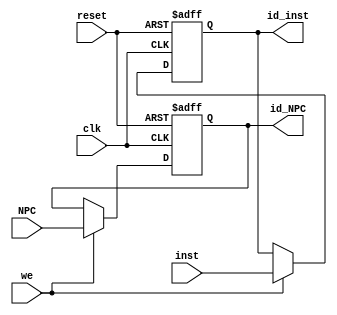
//IF ID 
module Pipe_iireg
(
    clk,
    reset,
    we,
    inst,
    NPC,
    id_inst,
    id_NPC
);
    input clk;
    input reset;
    input we;
    input [31:0]inst;
    input [31:0]NPC;
    output reg [31:0]id_inst = 32'b0;
    output reg [31:0]id_NPC = 32'b0;

    always @(posedge reset or posedge clk) begin
        if(reset) begin
            id_inst <= 32'b0;
            id_NPC <= 32'b0;
        end 
        else begin
            if(we) begin
                id_inst <= inst;
                id_NPC <= NPC;
            end 
            else begin
                id_inst <= id_inst;
                id_NPC <= id_NPC;
            end
        end
    end
endmodule

// ID EXE 
module Pipe_iereg
(
    clk,
    reset,
    we,
    id_rs_value,
    id_ze5,
    id_se16,
    id_ze16,
    id_rt_value,
    id_amux_sel,
    id_bmux_sel,
    id_aluc,
    id_rf_we,
    id_rf_waddr,
    // id_rf_data_sel,
    id_dmem_wdata,
    id_dmem_we,
    id_NPC,
    id_is_JAL,
    id_is_LW,
    id_is_MUL,
    exe_rs_value,
    exe_ze5,
    exe_se16,
    exe_ze16,
    exe_rt_value,
    exe_amux_sel,
    exe_bmux_sel,
    exe_aluc,
    exe_rf_we,
    exe_rf_waddr,
    // exe_rf_data_sel,
    exe_dmem_wdata,
    exe_dmem_we,
    exe_NPC,
    exe_is_JAL,
    exe_is_LW,
    exe_is_MUL
);
    input clk;
    input reset;
    input we;
    input [31:0]id_rs_value;
    input [31:0]id_ze5;
    input [31:0]id_se16;
    input [31:0]id_ze16;
    input [31:0]id_rt_value;
    input id_amux_sel;
    input [1:0]id_bmux_sel;
    input [3:0]id_aluc;
    input id_rf_we;
    input [4:0]id_rf_waddr;
    // input [1:0]id_rf_data_sel;
    input [31:0]id_dmem_wdata;
    input id_dmem_we;
    input [31:0]id_NPC;
    input id_is_JAL;
    input id_is_LW;
    input id_is_MUL;
    output reg [31:0]exe_rs_value = 32'b0;
    output reg [31:0]exe_ze5 = 32'b0;
    output reg [31:0]exe_se16 = 32'b0;
    output reg [31:0]exe_ze16 = 32'b0;
    output reg [31:0]exe_rt_value = 32'b0;
    output reg exe_amux_sel = 1'b0;
    output reg [1:0]exe_bmux_sel = 2'b0;
    output reg [3:0]exe_aluc = 4'b0;
    output reg exe_rf_we = 1'b0;
    output reg [4:0]exe_rf_waddr = 5'b0;
    // output reg [1:0]exe_rf_data_sel = 2'b0;
    output reg [31:0]exe_dmem_wdata = 32'b0;
    output reg exe_dmem_we = 1'b0;
    output reg [31:0]exe_NPC = 32'b0;
    output reg exe_is_JAL = 1'b0;
    output reg exe_is_LW = 1'b0;
    output reg exe_is_MUL = 1'b0;

    always @(posedge reset or posedge clk) begin
        if(reset) begin
            exe_rs_value <= 32'b0;
            exe_ze5 <= 32'b0;
            exe_se16 <= 32'b0;
            exe_ze16 <= 32'b0;
            exe_rt_value <= 32'b0;
            exe_amux_sel <= 1'b0;
            exe_bmux_sel <= 2'b0;
            exe_aluc <= 4'b0;
            exe_rf_we <= 'b0;
            exe_rf_waddr <= 5'b0;
            // exe_rf_data_sel <= 1'b0;
            exe_dmem_wdata <= 32'b0;
            exe_dmem_we <= 1'b0;
            exe_NPC <= 32'b0;
            exe_is_JAL <= 1'b0;
            exe_is_LW <= 1'b0;
            exe_is_MUL <= 1'b0;
        end 
        else begin
            if(we) begin 
                exe_rs_value <= id_rs_value;
                exe_ze5 <= id_ze5;
                exe_se16 <= id_se16;
                exe_ze16 <= id_ze16;
                exe_rt_value <= id_rt_value;
                exe_amux_sel <= id_amux_sel;
                exe_bmux_sel <= id_bmux_sel;
                exe_aluc <= id_aluc;
                exe_rf_we <= id_rf_we;
                exe_rf_waddr <= id_rf_waddr;
                // exe_rf_data_sel <= id_rf_data_sel;
                exe_dmem_wdata <= id_dmem_wdata;
                exe_dmem_we <= id_dmem_we;
                exe_NPC <= id_NPC;
                exe_is_JAL <= id_is_JAL;
                exe_is_LW <= id_is_LW;
                exe_is_MUL <= id_is_MUL;
            end 
            else begin
                exe_rs_value <= exe_rs_value;
                exe_ze5 <= exe_ze5;
                exe_se16 <= exe_se16;
                exe_ze16 <= exe_ze16;
                exe_rt_value <= exe_rt_value;
                exe_amux_sel <= exe_amux_sel;
                exe_bmux_sel <= exe_bmux_sel;
                exe_aluc <= exe_aluc;
                exe_rf_we <= exe_rf_we;
                exe_rf_waddr <= exe_rf_waddr;
                // exe_rf_data_sel <= exe_rf_data_sel;
                exe_dmem_wdata <= exe_dmem_wdata;
                exe_dmem_we <= exe_dmem_we;
                exe_NPC <= exe_NPC;
                exe_is_JAL <= exe_is_JAL;
                exe_is_LW <= exe_is_LW;
                exe_is_MUL <= exe_is_MUL;
            end
        end
    end
endmodule

// EXE MEM 
module Pipe_emreg
(
    clk,
    reset,
    exe_rf_we,
    exe_Z,
    exe_rf_waddr,
    // exe_rf_data_sel,
    exe_dmem_wdata, 
    exe_dmem_we, 
    exe_NPC,
    exe_MDU_out,
    exe_is_JAL,
    exe_is_LW,
    exe_is_MUL,
    mem_rf_we,
    mem_Z,
    mem_rf_waddr,
    // mem_rf_data_sel,
    mem_dmem_wdata,
    mem_dmem_we,
    mem_NPC,
    mem_MDU_out,
    mem_is_JAL,
    mem_is_LW,
    mem_is_MUL
);
    input clk;
    input reset;
    input exe_rf_we;
    input [31:0]exe_Z;
    input [4:0]exe_rf_waddr;
    // input [1:0]exe_rf_data_sel;
    input [31:0]exe_dmem_wdata; 
    input exe_dmem_we; 
    input [31:0]exe_NPC;
    input [31:0]exe_MDU_out;
    input exe_is_JAL;
    input exe_is_LW;
    input exe_is_MUL;
    output reg mem_rf_we = 1'b0;
    output reg [31:0]mem_Z = 32'b0;
    output reg [4:0]mem_rf_waddr = 5'b0;
    // output reg [1:0]mem_rf_data_sel = 2'b0;
    output reg [31:0]mem_dmem_wdata = 32'b0;
    output reg mem_dmem_we = 1'b0;
    output reg [31:0]mem_NPC = 32'b0;
    output reg [31:0]mem_MDU_out = 32'b0;
    output reg mem_is_JAL = 1'b0;
    output reg mem_is_LW = 1'b0;
    output reg mem_is_MUL = 1'b0;

    always @(posedge reset or posedge clk) begin
        if(reset) begin
            mem_rf_we <= 1'b0;
            mem_Z <= 32'b0;
            mem_rf_waddr <= 5'b0;
            // mem_rf_data_sel <= 1'b0;
            mem_dmem_wdata <= 32'b0;
            mem_dmem_we <= 1'b0;
            mem_NPC <= 32'b0;
            mem_MDU_out <= 32'b0;
            mem_is_JAL <= 1'b0;
            mem_is_LW <= 1'b0;
            mem_is_MUL <= 1'b0;
        end 
        else begin
            mem_rf_we <= exe_rf_we;
            mem_Z <= exe_Z;
            mem_rf_waddr <= exe_rf_waddr;
            // mem_rf_data_sel <= exe_rf_data_sel;
            mem_dmem_wdata <= exe_dmem_wdata;
            mem_dmem_we <= exe_dmem_we;
            mem_NPC <= exe_NPC;
            mem_MDU_out <= exe_MDU_out;
            mem_is_JAL <= exe_is_JAL;
            mem_is_LW <= exe_is_LW;
            mem_is_MUL <= exe_is_MUL;
        end
    end
endmodule

// MEM WB 
module Pipe_mwreg
(
    clk,
    reset,
    mem_rf_we,
    mem_Z,
    mem_dmem_out,
    mem_rf_waddr,
    // mem_rf_data_sel,
    mem_NPC,
    mem_MDU_out,
    mem_is_JAL,
    mem_is_LW,
    mem_is_MUL,
    wb_rf_we,
    wb_Z,
    wb_Saver,
    wb_rf_waddr,
    // wb_rf_data_sel,
    wb_NPC,
    wb_MDU_out,
    wb_is_JAL,
    wb_is_LW,
    wb_is_MUL
);
    input clk;
    input reset;
    input mem_rf_we;
    input [31:0]mem_Z;
    input [31:0]mem_dmem_out;
    input [4:0]mem_rf_waddr;
    // input [1:0]mem_rf_data_sel;
    input [31:0]mem_NPC;
    input [31:0]mem_MDU_out;
    input mem_is_JAL;
    input mem_is_LW;
    input mem_is_MUL;
    output reg wb_rf_we = 1'b0;
    output reg [31:0]wb_Z = 32'b0;
    output reg [31:0]wb_Saver = 32'b0;
    output reg [4:0]wb_rf_waddr = 5'b0;
    // output reg [1:0]wb_rf_data_sel = 2'b0;
    output reg [31:0]wb_NPC = 32'b0;
    output reg [31:0]wb_MDU_out = 32'b0;
    output reg wb_is_JAL = 1'b0;
    output reg wb_is_LW = 1'b0;
    output reg wb_is_MUL = 1'b0;

    always @(posedge reset or posedge clk) begin
        if(reset) begin
            wb_rf_we <= 1'b0;
            wb_Z <= 32'b0;
            wb_Saver <= 32'b0;
            wb_rf_waddr <= 5'b0;
            // wb_rf_data_sel <= 1'b0;
            wb_NPC <= 32'b0;
            wb_MDU_out <= 32'b0;
            wb_is_JAL <= 1'b0;
            wb_is_LW <= 1'b0;
            wb_is_MUL <= 1'b0;
        end 
        else begin
            wb_rf_we <= mem_rf_we;
            wb_Z <= mem_Z;
            wb_Saver <= mem_dmem_out;
            wb_rf_waddr <= mem_rf_waddr;
            // wb_rf_data_sel <= mem_rf_data_sel;
            wb_NPC <= mem_NPC;
            wb_MDU_out <= mem_MDU_out;
            wb_is_JAL <= mem_is_JAL;
            wb_is_LW <= mem_is_LW;
            wb_is_MUL <= mem_is_MUL;
        end
    end
endmodule